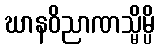
ဃာနဝိညာဏသ္မိမ္ပိ